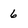
Character: 6